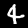
Digit: 4